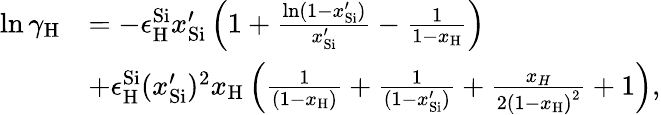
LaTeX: \begin{array}{rl}{\ln{\gamma_{\mathrm{{H}}}}}&{=-\epsilon_{\mathrm{H}}^{\mathrm{{Si}}}{x_{{\mathrm{Si}}}^{\prime}}\left({1+\frac{{\ln(1-{x_{\mathrm{{Si}}}^{\prime}})}}{{{x_{{\mathrm{Si}}}^{\prime}}}}-\frac{1}{{1-{x_{\mathrm{{H}}}}}}}\right)}\\ &{+\epsilon_{\mathrm{H}}^{\mathrm{{Si}}}(x_{{\mathrm{Si}}}^{\prime})^{2}{x_{\mathrm{{H}}}}\left({\frac{1}{{(1-{x_{\mathrm{H}}})}}+\frac{1}{{(1-{x_{\mathrm{{Si}}}^{\prime}})}}+\frac{{{x_{H}}}}{{2{{(1-{x_{\mathrm{H}}})}^{2}}}}+1}\right),}\end{array}